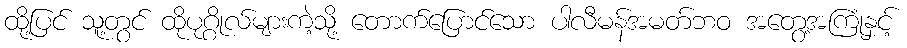
ထို့ပြင် သူ့တွင် ထိုပုဂ္ဂိုလ်များကဲ့သို့ တောက်ပြောင်သော ပါလီမန်အမတ်ဘဝ အတွေ့အကြုံနှင့်